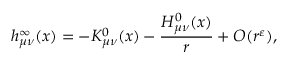
h _ { \mu \nu } ^ { \infty } ( x ) = - K _ { \mu \nu } ^ { 0 } ( x ) - \frac { H _ { \mu \nu } ^ { 0 } ( x ) } { r } + O ( r ^ { \varepsilon } ) ,